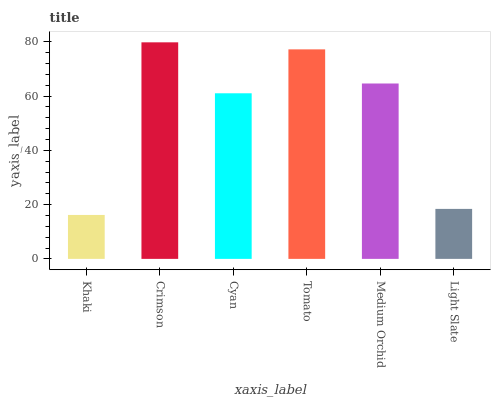
| xaxis_label | bars |
 | --- | --- |
 | Khaki | 16.2 |
 | Crimson | 79.8 |
 | Cyan | 61.1 |
 | Tomato | 77.2 |
 | Medium Orchid | 64.7 |
 | Light Slate | 18.4 |